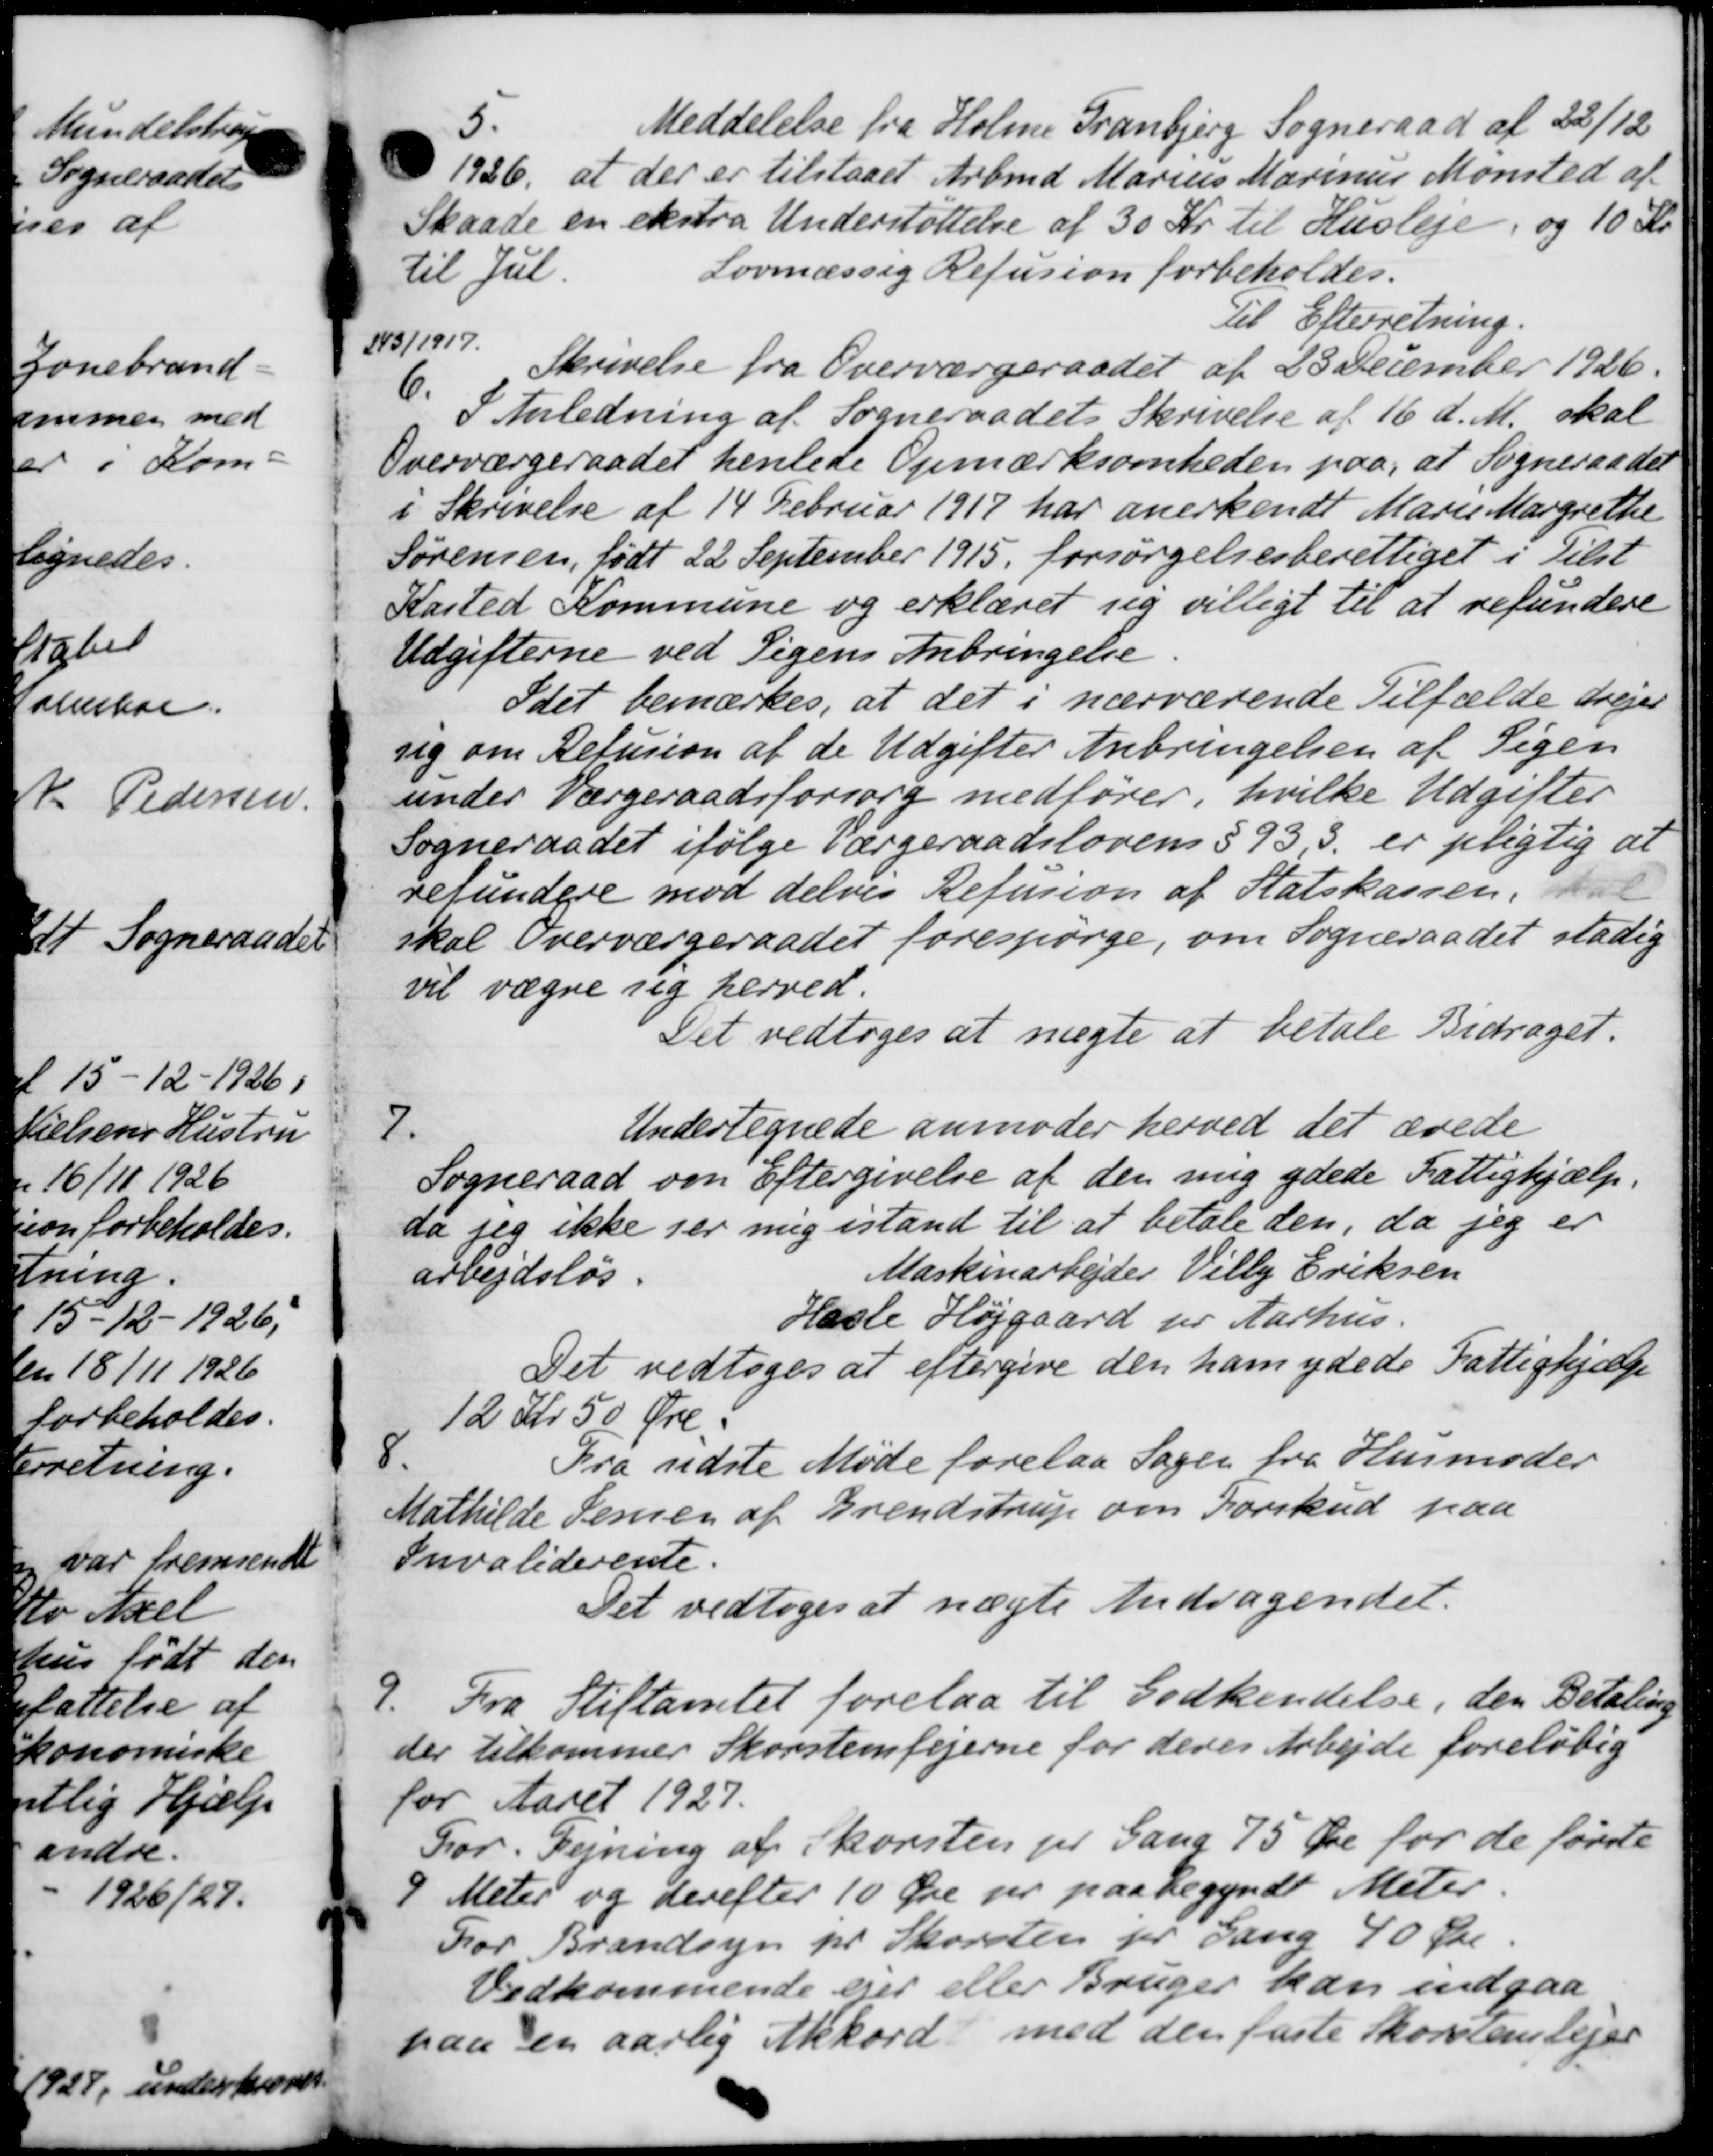
Transskription:
Meddelelse fra Holme Tranbjerg Sogneraad af 22/12
1926 at der er tilstaaet Arbmd Marius Marinus Mønsted af
Skaade en ekstra Understøttelse af 30 Kr. til Husleje, og 10 Kr.
til Jul.
Lovmæssig Refusion forbeholdes.
Til Efterretning.
143/1917.
6.
Skrivelse fra Overværgeraadet af 28 December 1926.
I Anledning af Sogneraadets Skrivelse af 16 d. M. skal
Overværgeraadet henlede Opmærksomheden paa, at Sogneraadet
i Skrivelse af 14 Februar 1917 har anerkendt Marie Margrethe
Sørensen, født 22 September 1915 forsørgelsesberettiget i Tilst
Kasted Kommune og erklæret sig villigt til at refundere
Udgifterne ved Pigens Anbringelse
Idet bemærkes, at det i nærværende Tilfælde drejer
sig om Refusion af de Udgifter Anbringelsen af Pigen
under Værgeraadsforsorg medfører, hvilke Udgifter
Sogneraadet ifølge Værgeraadslovens § 93 S. er pligtig at
resundere mod delvis Refusion af Statskassen, val
skal Overværgeraadet forespørge, om Sogneraadet stadig
vil vægre sig herved.
Det vedtoges at nægte at betale Bidraget.
7.
Undertegnede anmoder herved det ærede
Sogneraad om Eftergivelse af den mig ydede Fattighjælp.
aa jeg ikke ser mig istand til at betale den, da jeg er
arbejdsløs.
Maskinarbejder Villy Eriksen
Hasle Højgaard for Aarhus.
Det vedtoges at eftergive den ham ydede Fattighjælp
12 Kr. 50 Øre
8.
Fra sidste Møde forelaa Sager fra Husmoder
Mathilde Seren af Brendstrup om Forskud paa
Invaliderente.
Det vedtoges at nægte Andragendet.
9.
Fra Stiftamtet forelaa til Godkendelse, den Betaling
der tilkommer Skovstenfejerne for deres Arbejde foreløbig
for Aaret 1927.
For. Regning af Skorsten pr Gang 75 Øre for de første
9 Meter og derefter 10 Øre pr. paa begyndt Meter
For Brandsyn pr Skorsten for Gang 40 Øre
Vedkommende ejer eller Bruger kan indgaa
paa en aarlig Akkord med den faste Skorstenslejer